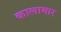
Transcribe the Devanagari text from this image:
कालामार